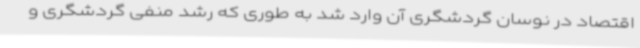
اقتصاد در نوسان گردشگری آن وارد شد به طوری که رشد منفی گردشگری و